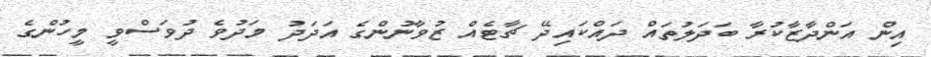
އިން އަންދާޒާކުރާ ބަދަލުތައް ދައްކައިދޭ ޗާޓެއް ޒުވާނުންގެ އަދަދު މަދުވެ ދުވަސްވީ މީހުންގެ